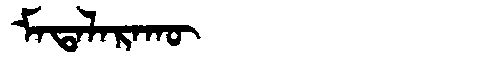
Manchu: ᠮᠠᡨᠠᠯᠠᡵᠠᡴᡡ
Romanization: MATALARAKŪ